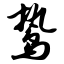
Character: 鸷